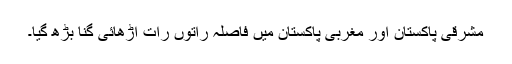
مشرقی پاکستان اور مغربی پاکستان میں فاصلہ راتوں رات اڑھائی گنا بڑھ گیا۔